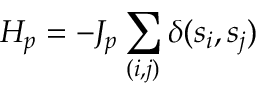
H _ { p } = - J _ { p } \sum _ { ( i , j ) } \delta ( s _ { i } , s _ { j } )